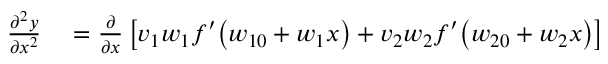
\begin{array} { r l } { \frac { \partial ^ { 2 } y } { \partial x ^ { 2 } } } & { { } = \frac { \partial } { \partial x } \left[ v _ { 1 } w _ { 1 } f ^ { \prime } \big ( w _ { 1 0 } + w _ { 1 } x \big ) + v _ { 2 } w _ { 2 } f ^ { \prime } \big ( w _ { 2 0 } + w _ { 2 } x \big ) \right] } \end{array}